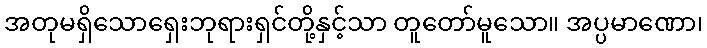
အတုမရှိသောရှေးဘုရားရှင်တို့နှင့်သာ တူတော်မူသော။ အပ္ပမာဏော၊